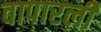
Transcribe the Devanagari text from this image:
वापारली